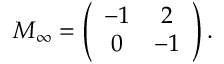
M _ { \infty } = \left( \begin{array} { c c } { { - 1 } } & { { 2 } } \\ { { 0 } } & { { - 1 } } \end{array} \right) .